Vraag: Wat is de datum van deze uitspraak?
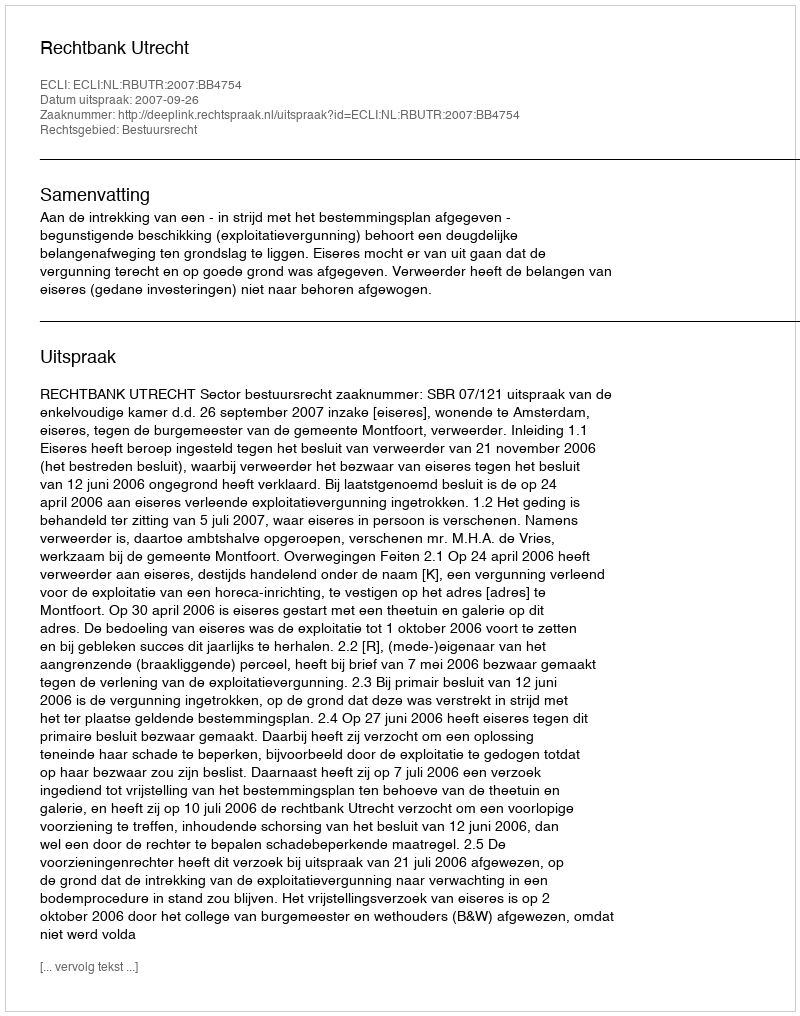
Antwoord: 2007-09-26